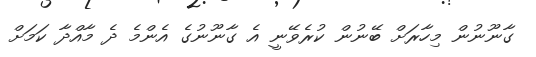
ގާނޫނުން މިހާރަށް ބޭނުން ކުރެވޭނީ އެ ގާނޫނުގެ އެންމެ ދެ މާއްދާ ކަމަށް